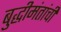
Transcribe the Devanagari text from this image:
बुद्धीमंतांची